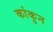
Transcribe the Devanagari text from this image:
कांकुन